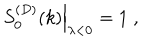
\left. S _ { 0 } ^ { ( D ) } ( k ) \right| _ { \lambda < 0 } = 1 \; ,